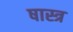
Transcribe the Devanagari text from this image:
षास्त्र